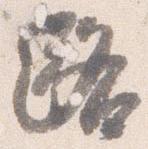
路